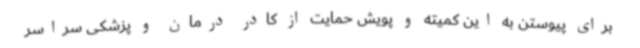
برای پیوستن به این کمیته و پویش حمایت از کادر درمان و پزشکی سراسر